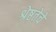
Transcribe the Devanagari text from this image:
श्रेष्ठतेचे